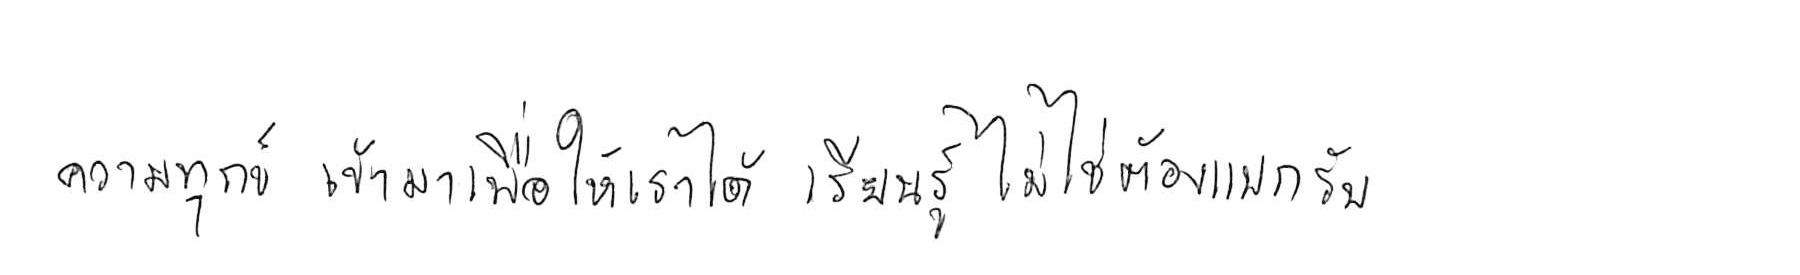
ความทุกข์ เข้ามาเพื่อให้เราได้ เรียนรู้ ไม่ใช่ต้อง แบกรับ